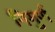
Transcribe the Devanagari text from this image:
निगुर्ण